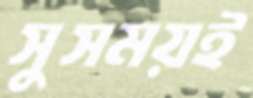
সুসময়ই